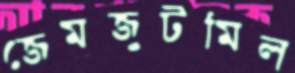
জেমজুটমিল